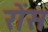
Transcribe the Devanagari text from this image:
रोंस